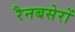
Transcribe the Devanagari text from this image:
रैनबसेरों